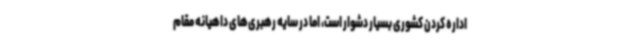
اداره کردن کشوری بسیار دشوار است، اما در سایه رهبری‌های داهیانه مقام